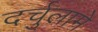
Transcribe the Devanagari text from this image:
दर्चुलामे